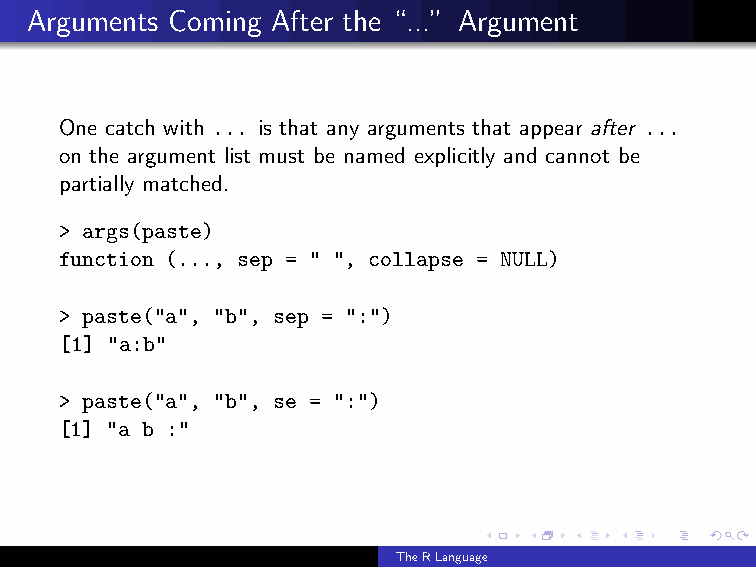
Arguments Coming After the “...” Argument
 One catch with ... is that any arguments that appear after ...
 on the argument list must be named explicitly and cannot be
 partially matched.
 > args(paste)
 function (..., sep = " ", collapse = NULL)
 > paste("a", "b", sep = ":")
 [1] "a:b"
 > paste("a", "b", se = ":")
 [1] "a b :"
 TheRLanguage